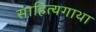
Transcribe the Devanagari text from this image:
साहित्यगाथा